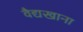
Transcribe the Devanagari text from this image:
वैद्यखाना